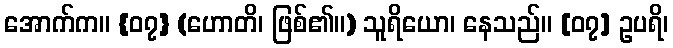
အောက်က။ {၀၇} (ဟောတိ၊ ဖြစ်၏။) သူရိယော၊ နေသည်။ [၀၇] ဥပရိ၊